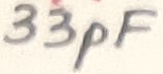
Text: 33pF